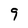
Character: 9